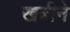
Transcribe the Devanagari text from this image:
खत्रीने